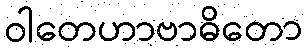
ဝါတေဟာဗာဓိတော